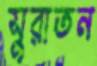
সুরাতন